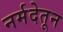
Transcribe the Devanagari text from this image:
नर्मदेतून